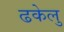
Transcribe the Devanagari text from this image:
ढकेलु